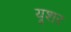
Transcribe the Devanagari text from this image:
यूशर